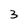
Character: 3